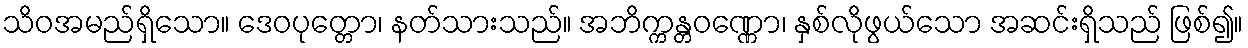
သိဝအမည်ရှိသော။ ဒေဝပုတ္တော၊ နတ်သားသည်။ အဘိက္ကန္တဝဏ္ဏော၊ နှစ်လိုဖွယ်သော အဆင်းရှိသည် ဖြစ်၍။